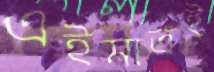
এইমাত্রই